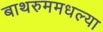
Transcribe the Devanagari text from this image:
बाथरुममधल्‍या